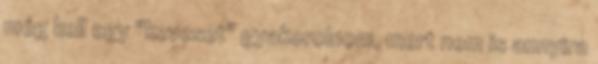
még kell egy "keveset" gyakorolnom, mert nem is annyira